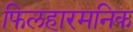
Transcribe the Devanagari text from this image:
फिलहारमनिक